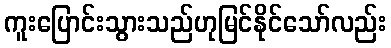
ကူးပြောင်းသွားသည်ဟုမြင်နိုင်သော်လည်း